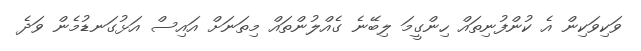
ވަކިވަކިން އެ ކުންފުނިތައް ހިންގީމަ ލިބޭނެ ގެއްލުންތައް މިތަނަށް އައިސް އަޅުގަނޑުމެން ވަދެ